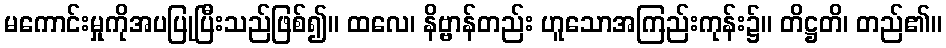
မကောင်းမှုကိုအပပြုပြီးသည်ဖြစ်၍။ ထလေ၊ နိဗ္ဗာန်တည်း ဟူသောအကြည်းကုန်း၌။ တိဋ္ဌတိ၊ တည်၏။